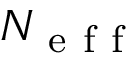
N _ { \mathrm { ~ e ~ f ~ f ~ } }